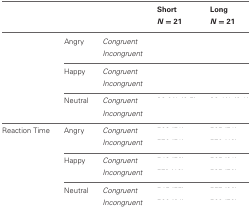
<table><thead><tr><td colspan="3">[EMPTY_CELL]</td><td><b>Short <i>N</i> = 21</b></td><td><b>Long <i>N</i> = 21</b></td></tr></thead><tbody><tr><td>[EMPTY_CELL]</td><td>Angry</td><td><i>Congruent</i></td><td>[EMPTY_CELL]</td><td>[EMPTY_CELL]</td></tr><tr><td>[EMPTY_CELL]</td><td>[EMPTY_CELL]</td><td><i>Incongruent</i></td><td>[EMPTY_CELL]</td><td>[EMPTY_CELL]</td></tr><tr><td>[EMPTY_CELL]</td><td>Happy</td><td><i>Congruent</i></td><td>[EMPTY_CELL]</td><td>[EMPTY_CELL]</td></tr><tr><td>[EMPTY_CELL]</td><td>[EMPTY_CELL]</td><td><i>Incongruent</i></td><td>[EMPTY_CELL]</td><td>[EMPTY_CELL]</td></tr><tr><td>[EMPTY_CELL]</td><td>Neutral</td><td><i>Congruent</i></td><td>[EMPTY_CELL]</td><td>[EMPTY_CELL]</td></tr><tr><td>[EMPTY_CELL]</td><td>[EMPTY_CELL]</td><td><i>Incongruent</i></td><td>[EMPTY_CELL]</td><td>[EMPTY_CELL]</td></tr><tr><td>Reaction Time</td><td>Angry</td><td><i>Congruent</i></td><td>[EMPTY_CELL]</td><td>[EMPTY_CELL]</td></tr><tr><td>[EMPTY_CELL]</td><td>[EMPTY_CELL]</td><td><i>Incongruent</i></td><td>[EMPTY_CELL]</td><td>[EMPTY_CELL]</td></tr><tr><td>[EMPTY_CELL]</td><td>Happy</td><td><i>Congruent</i></td><td>[EMPTY_CELL]</td><td>[EMPTY_CELL]</td></tr><tr><td>[EMPTY_CELL]</td><td>[EMPTY_CELL]</td><td><i>Incongruent</i></td><td>[EMPTY_CELL]</td><td>[EMPTY_CELL]</td></tr><tr><td>[EMPTY_CELL]</td><td>Neutral</td><td><i>Congruent</i></td><td>[EMPTY_CELL]</td><td>[EMPTY_CELL]</td></tr><tr><td>[EMPTY_CELL]</td><td>[EMPTY_CELL]</td><td><i>Incongruent</i></td><td>[EMPTY_CELL]</td><td>[EMPTY_CELL]</td></tr></tbody></table>